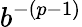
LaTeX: b^{-(p-1)}